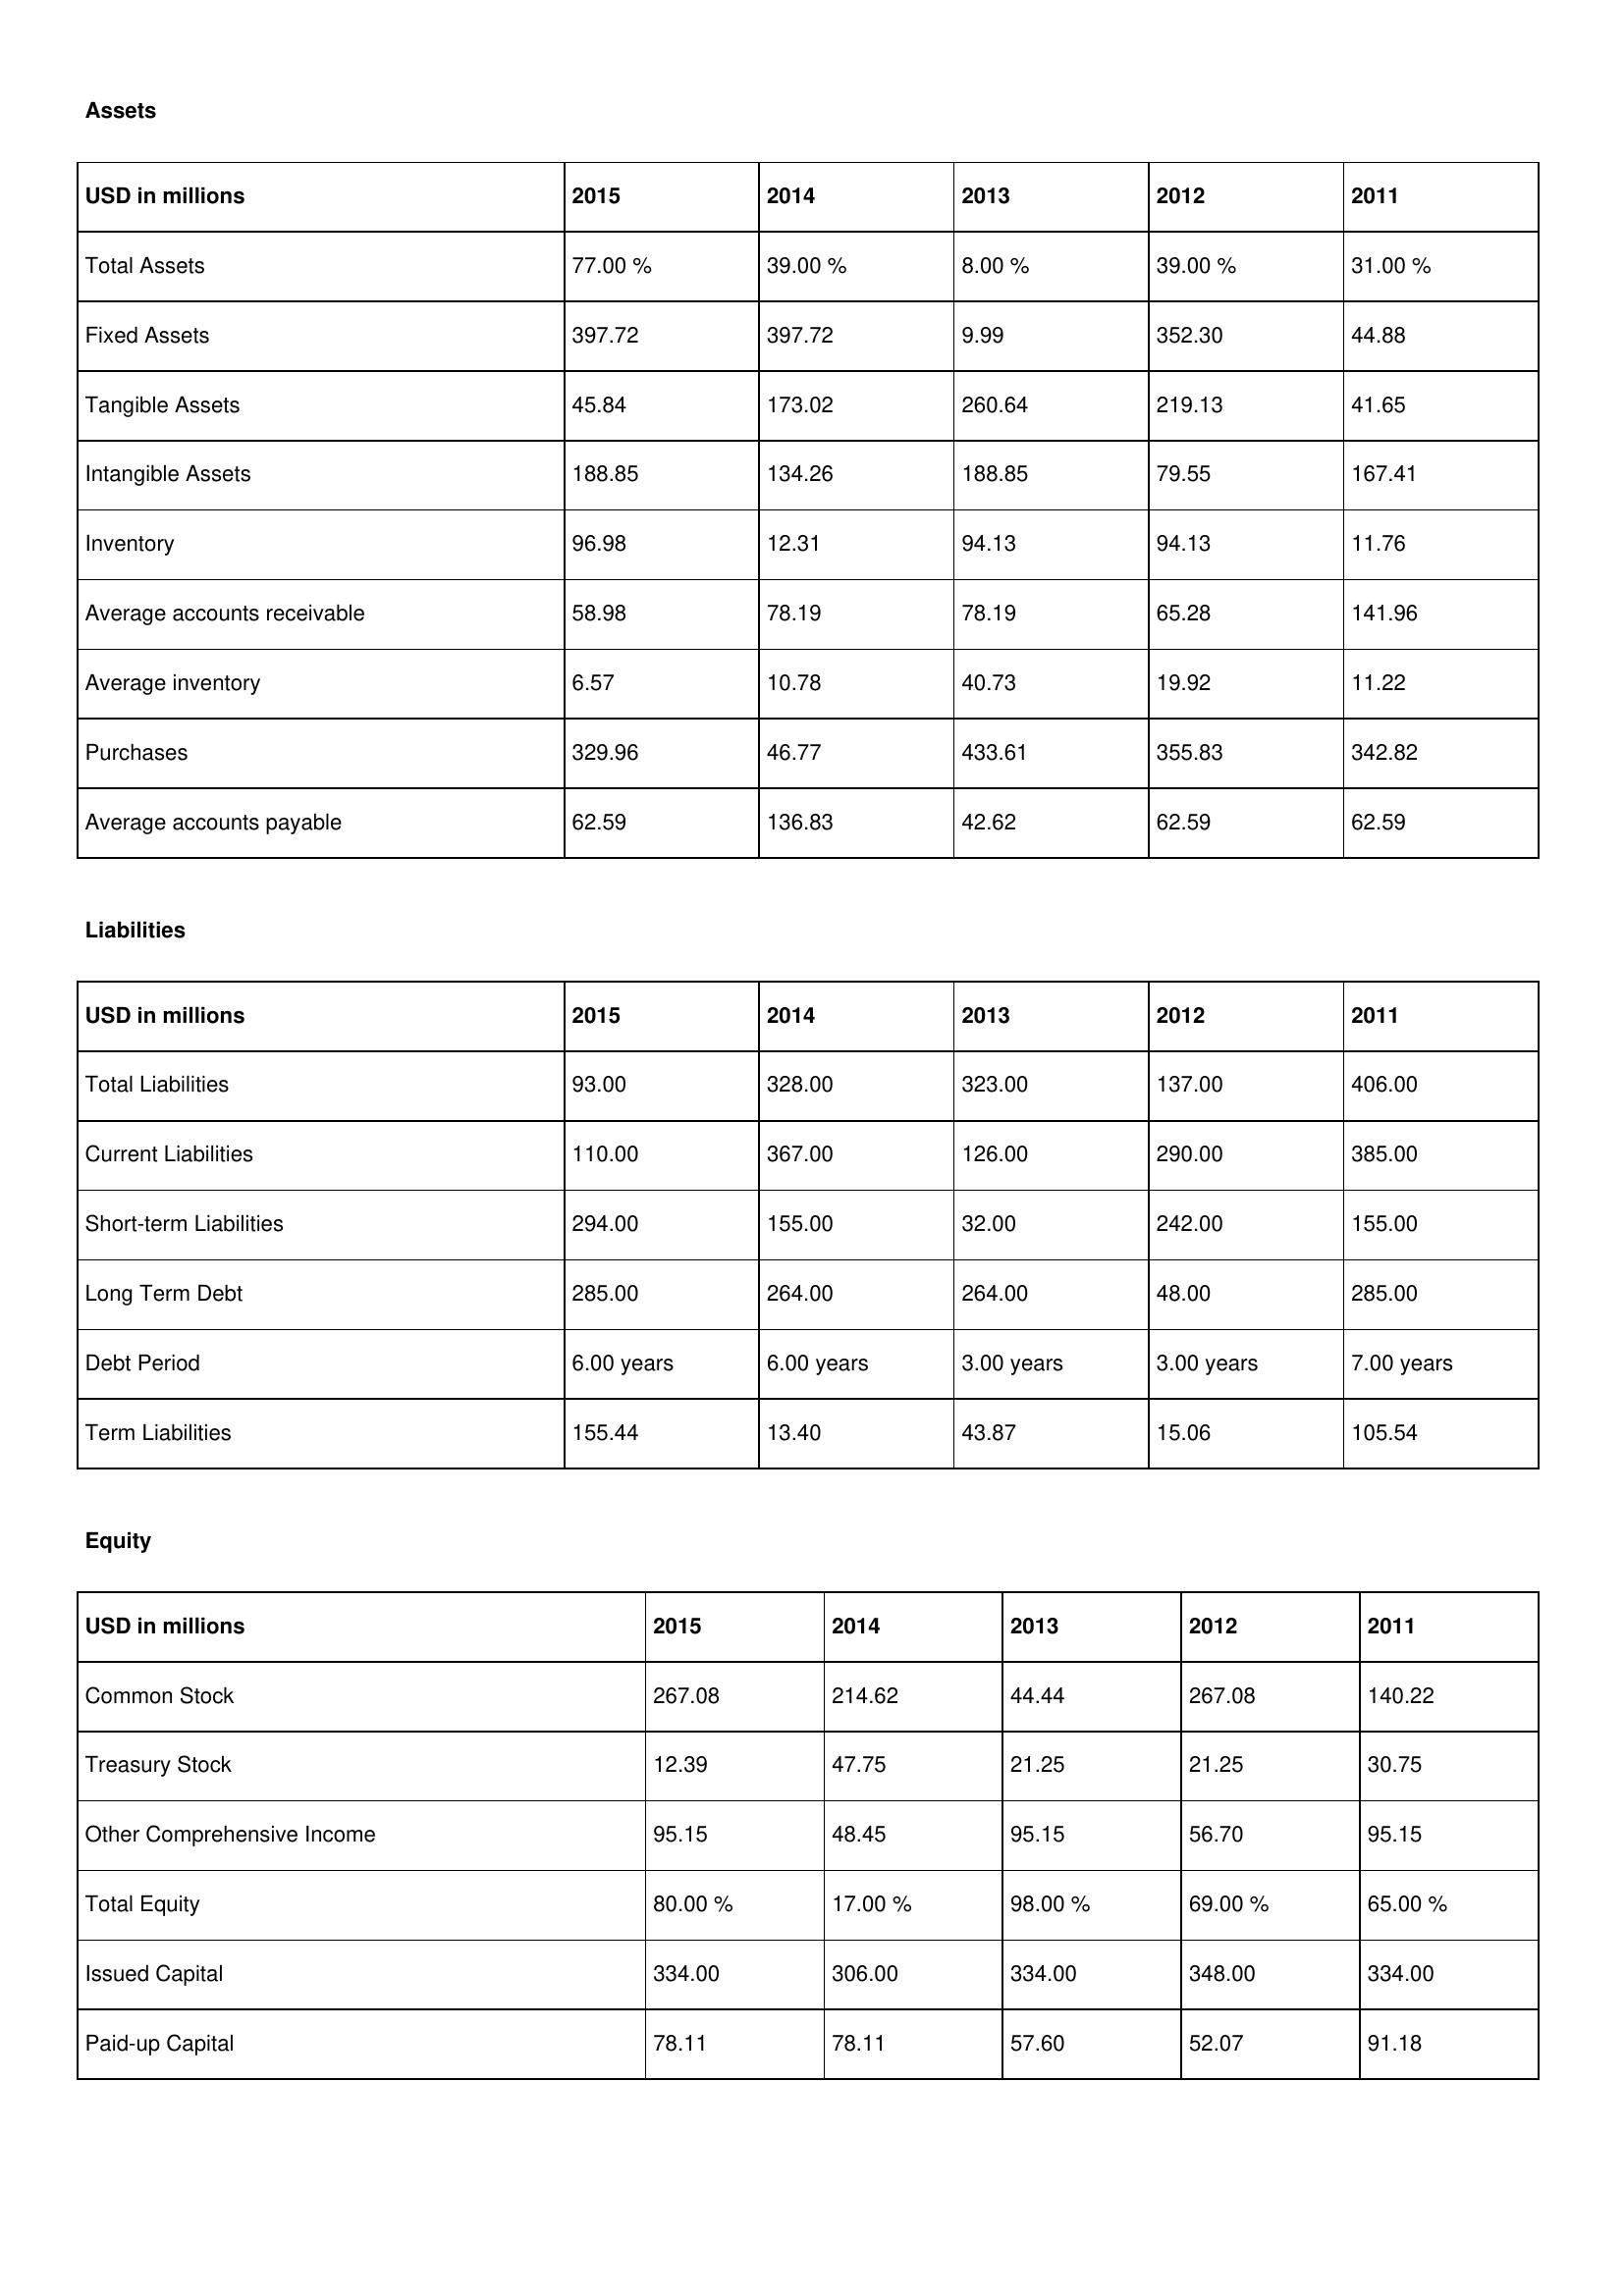
gt_parse: 2015: Assets: Total Assets: 77.00 %
Fixed Assets: 397.72
Tangible Assets: 45.84
Intangible Assets: 188.85
Inventory: 96.98
Average accounts receivable: 58.98
Average inventory: 6.57
Purchases: 329.96
Average accounts payable: 62.59
Liabilities: Total Liabilities: 93.00
Current Liabilities: 110.00
Short-term Liabilities: 294.00
Long Term Debt: 285.00
Debt Period: 6.00 years
Term Liabilities: 155.44
Equity: Common Stock: 267.08
Treasury Stock: 12.39
Other Comprehensive Income: 95.15
Total Equity: 80.00 %
Issued Capital: 334.00
Paid-up Capital: 78.11
2014: Assets: Total Assets: 39.00 %
Fixed Assets: 397.72
Tangible Assets: 173.02
Intangible Assets: 134.26
Inventory: 12.31
Average accounts receivable: 78.19
Average inventory: 10.78
Purchases: 46.77
Average accounts payable: 136.83
Liabilities: Total Liabilities: 328.00
Current Liabilities: 367.00
Short-term Liabilities: 155.00
Long Term Debt: 264.00
Debt Period: 6.00 years
Term Liabilities: 13.40
Equity: Common Stock: 214.62
Treasury Stock: 47.75
Other Comprehensive Income: 48.45
Total Equity: 17.00 %
Issued Capital: 306.00
Paid-up Capital: 78.11
2013: Assets: Total Assets: 8.00 %
Fixed Assets: 9.99
Tangible Assets: 260.64
Intangible Assets: 188.85
Inventory: 94.13
Average accounts receivable: 78.19
Average inventory: 40.73
Purchases: 433.61
Average accounts payable: 42.62
Liabilities: Total Liabilities: 323.00
Current Liabilities: 126.00
Short-term Liabilities: 32.00
Long Term Debt: 264.00
Debt Period: 3.00 years
Term Liabilities: 43.87
Equity: Common Stock: 44.44
Treasury Stock: 21.25
Other Comprehensive Income: 95.15
Total Equity: 98.00 %
Issued Capital: 334.00
Paid-up Capital: 57.60
2012: Assets: Total Assets: 39.00 %
Fixed Assets: 352.30
Tangible Assets: 219.13
Intangible Assets: 79.55
Inventory: 94.13
Average accounts receivable: 65.28
Average inventory: 19.92
Purchases: 355.83
Average accounts payable: 62.59
Liabilities: Total Liabilities: 137.00
Current Liabilities: 290.00
Short-term Liabilities: 242.00
Long Term Debt: 48.00
Debt Period: 3.00 years
Term Liabilities: 15.06
Equity: Common Stock: 267.08
Treasury Stock: 21.25
Other Comprehensive Income: 56.70
Total Equity: 69.00 %
Issued Capital: 348.00
Paid-up Capital: 52.07
2011: Assets: Total Assets: 31.00 %
Fixed Assets: 44.88
Tangible Assets: 41.65
Intangible Assets: 167.41
Inventory: 11.76
Average accounts receivable: 141.96
Average inventory: 11.22
Purchases: 342.82
Average accounts payable: 62.59
Liabilities: Total Liabilities: 406.00
Current Liabilities: 385.00
Short-term Liabilities: 155.00
Long Term Debt: 285.00
Debt Period: 7.00 years
Term Liabilities: 105.54
Equity: Common Stock: 140.22
Treasury Stock: 30.75
Other Comprehensive Income: 95.15
Total Equity: 65.00 %
Issued Capital: 334.00
Paid-up Capital: 91.18